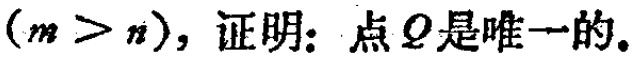
$(m > n)，证明：点Q是唯一的。$